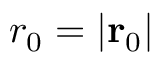
r _ { 0 } = | \mathbf { r } _ { 0 } |